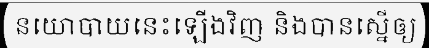
នយោបាយនេះឡើងវិញ និងបានស្នើឲ្យ